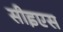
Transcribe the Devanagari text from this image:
सीइएस